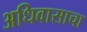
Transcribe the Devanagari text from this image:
अधिवासाचा